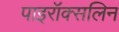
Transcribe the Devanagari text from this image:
पाइरॉक्सलिन